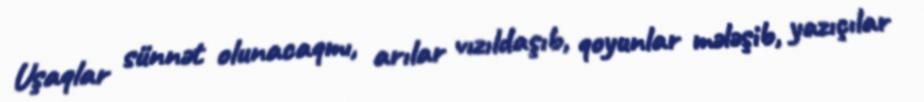
Uşaqlar sünnət olunacaqmı, arılar vızıldaşıb, qoyunlar mələşib, yazıçılar